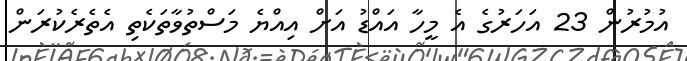
އުމުރުން 23 އަހަރުގެ އެ މީހާ އައްޑު އަށް އިއްޔެ މަސްތުވާތަކެތި އެތެރެކުރަން